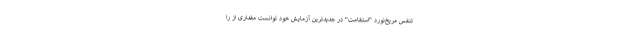
تنفس مریخ‌نورد "استقامت" در جدیدترین آزمایش خود توانست مقداری از را